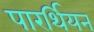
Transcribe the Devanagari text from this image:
पारर्थियन